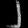
Digit: ၂